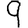
Digit: 9